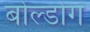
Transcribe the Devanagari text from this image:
बोल्डोग